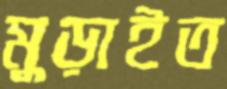
মুড়াইত